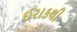
ઈરાકથી